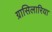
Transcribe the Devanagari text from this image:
ग्रासिलारिया